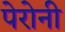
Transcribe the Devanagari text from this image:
पेरोनी